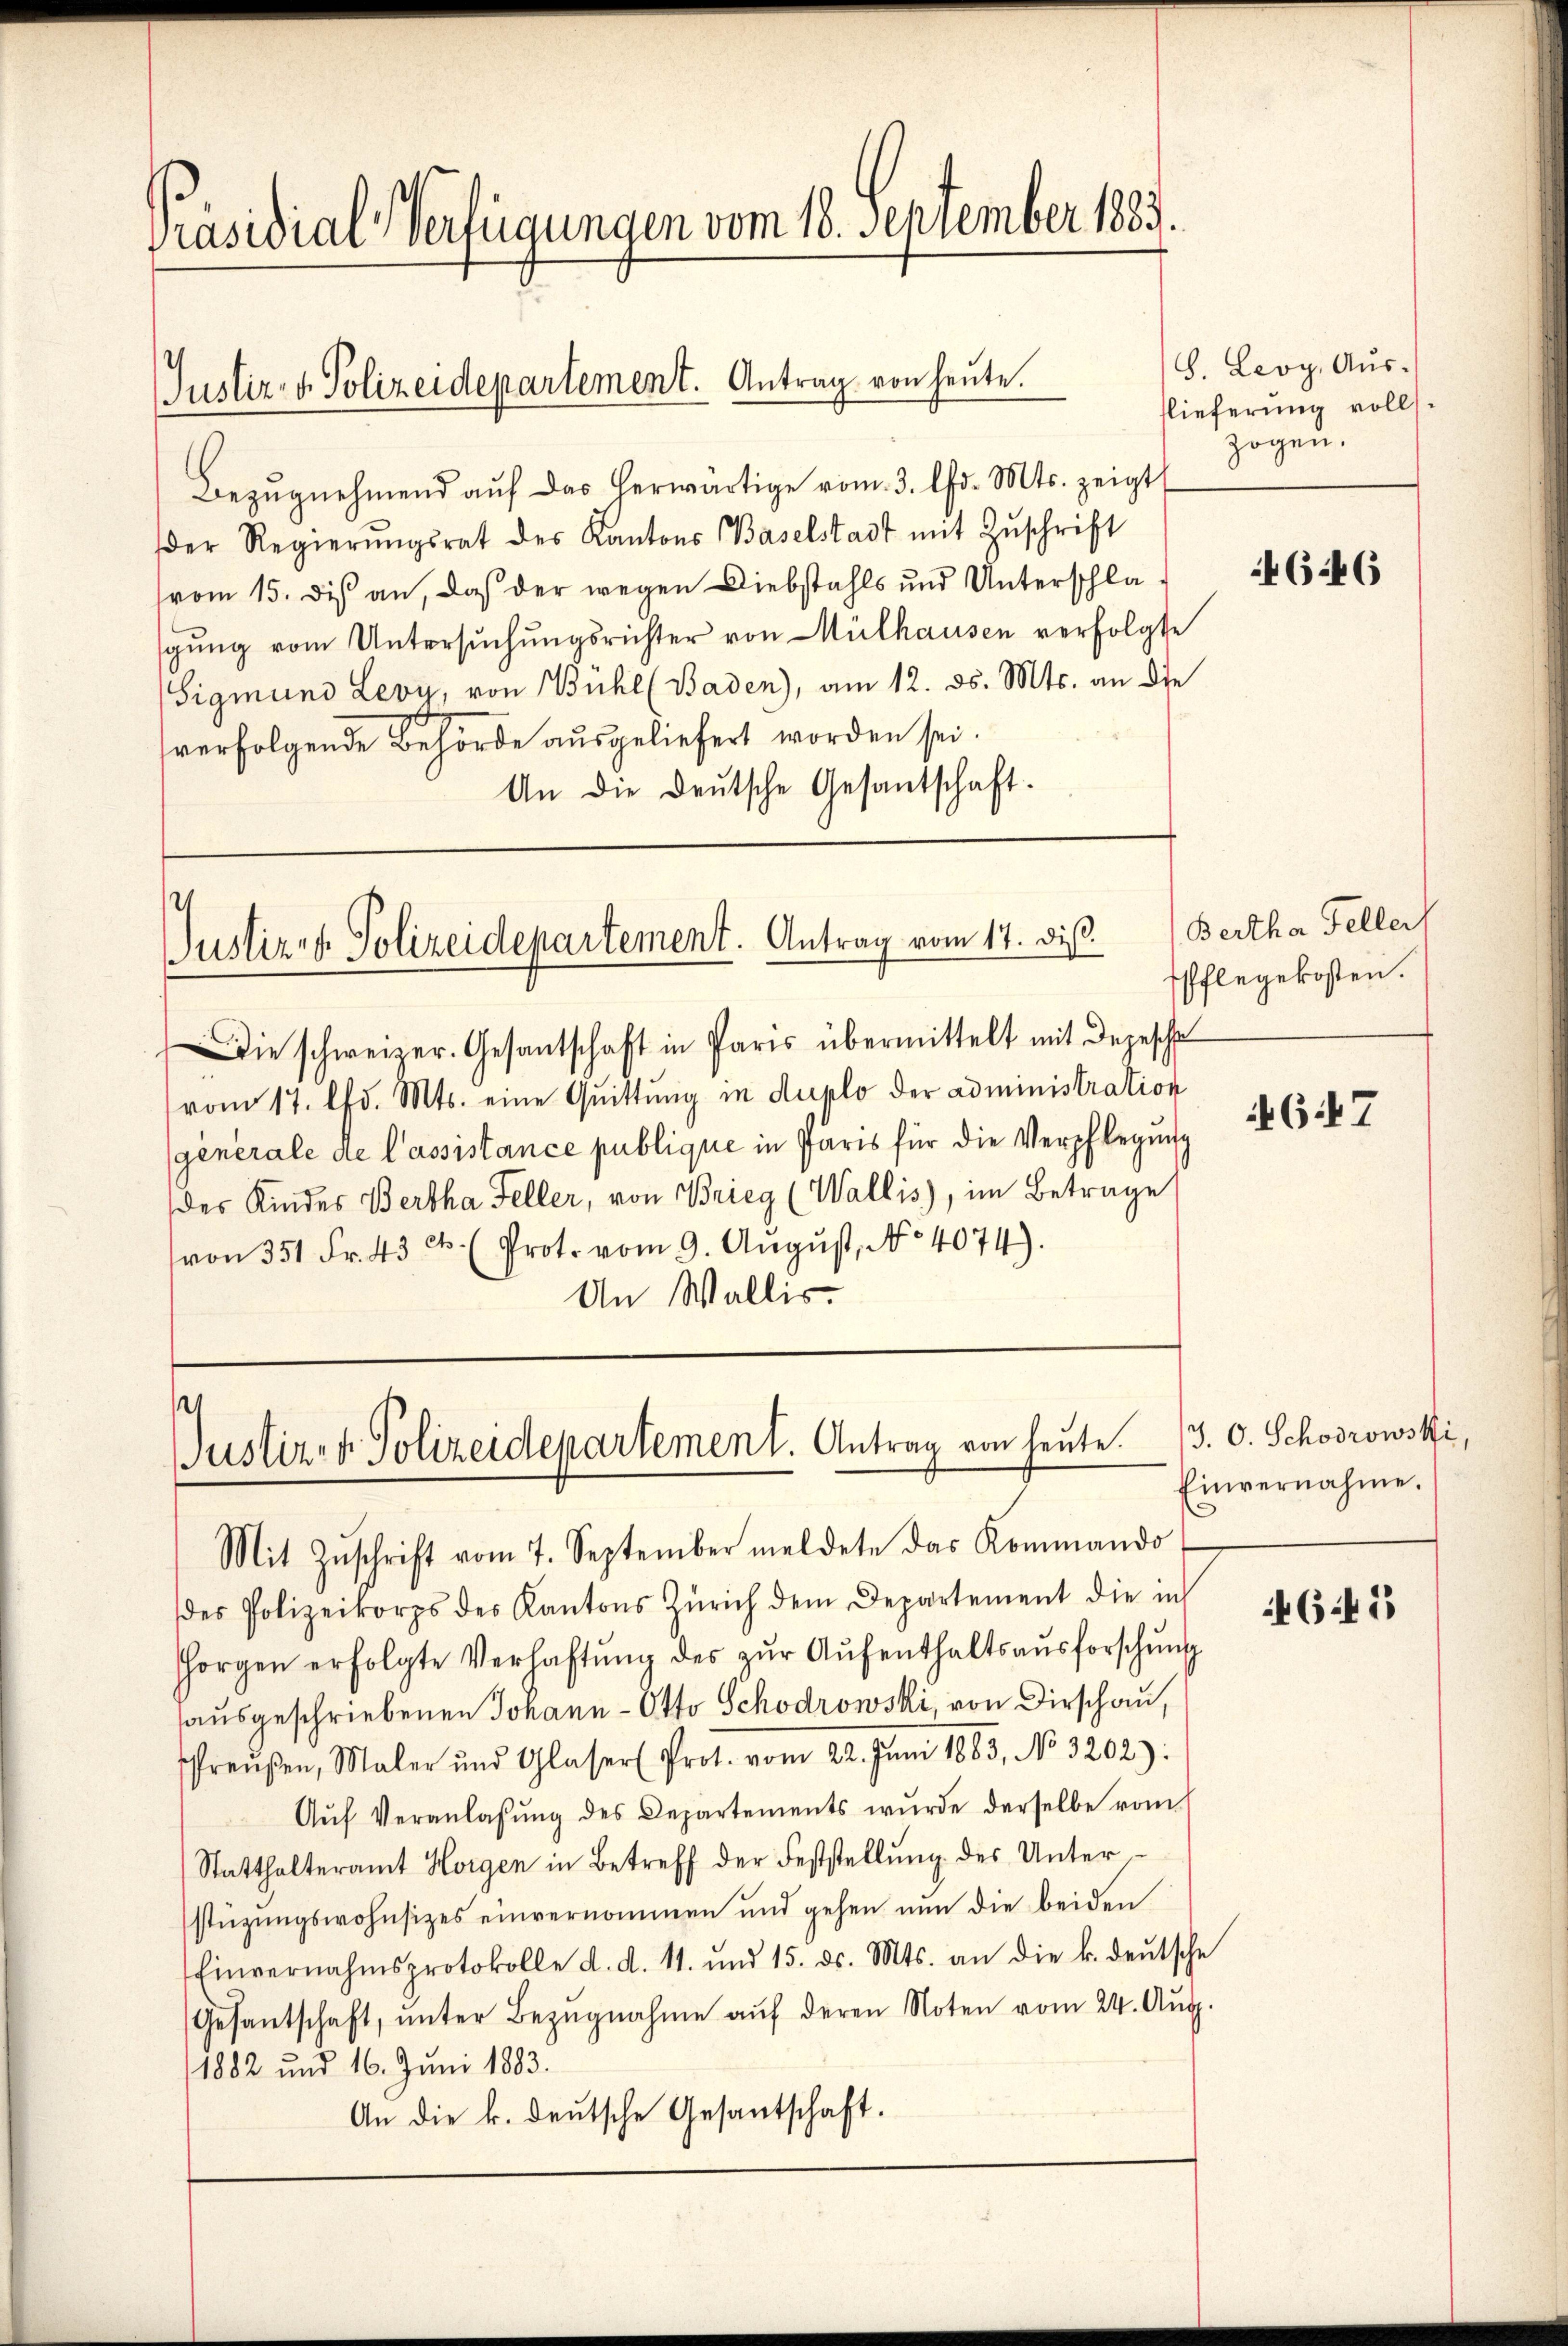
Präsidial-Verfügungen vom 18. September 1883.

Justiz- & Polizeidepartement. Antrag von heute.

Justiz- & Polizeidepartement. Antrag vom 17. dieß.

Bezŭgnehmend aŭf das herwärtige vom 3. d. Mts. zeigt
der Regierŭngsrat des Kantons Baselstadt mit Zŭschrift
vom 15. di an, daß der wegen Diebstahls und Unterschlagŭng vom Untersŭchŭngsrichter von Mülhausen verfolgte
Sigmund Leoy, von Bühl (Baden), am 12. ds. Mts. an die
verfolgende Behörde ausgeliefert worden sei.
An die Deutsche Gesantschaft.

Justiz- & Polizeidepartement. Antrag von heute.
Mit Zŭschrift vom 7. September meldete das Kommando

S. Leoy, Aus-
flieferung volls
zogen.

Die schweizer. Gesantschaft in Paris übermittelt mit Depesche
vom 17. lfd. Mts. eine Quittung in Duplo der administration
générale de l’assistance publique in Paris für die Verpflegung
der Kindes Bertha Feller, von Brieg (Wallis), im Betrage
von 351 Fr. 43 c. (Prot. vom 9. August, No 4074).
An Wallis.

des Polizeikorps des Kantons Zürich dem Departement die in
Horgen erfolgte Verhaftŭng des zŭr Aŭfenthaltsaŭsforschŭng
ausgeschriebenen Johann Otto Schodrowski, von Dirschau,
reŭβen, Maler und Glaser Prot. vom 22. Juni 1883, No 3202):
Aŭf Veranlassŭng des Departements wurde derselbe vom
Statthalteramt Horgen in Betreff der Feststellŭng des Unter-
stüzungswohnsitzes einvernommen und gehen nun die beiden
Einvernahmsprotokolle d. d. 11. und 15. ds. Mts. an die k. deŭtsche
Gesantschaft, ŭnter Bezŭgnahme aŭf deren Noten vom 24. Aŭg.
1882 und 16. Juni 1883.
An die k. deutsche Gesantschaft.

4646

Bertha Feller
Pflegekosten.

647

J. O. Schoorowski,
Einvernahme.

645